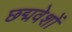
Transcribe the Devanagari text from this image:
छद्मवेशों